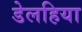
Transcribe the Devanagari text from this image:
डेलहिया